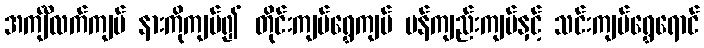
အင်္ကျီလက်ကျပ် နားကိုကျပ်၍ တိုင်းကျပ်ရွှေကျပ် မန်ကျည်းကျပ်နှင့် သင်းကျပ်ရွှေရောင်